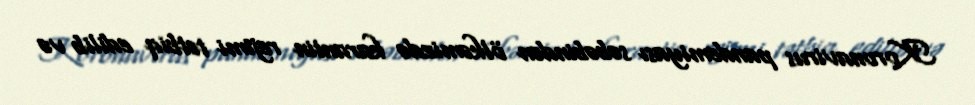
Koronavirus pandemiyası səbəbindən ölkəmizdə karantin rejimi tətbiq edilib və